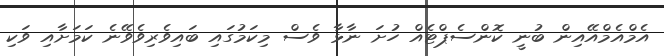
އެމްއެމްއޭއިން ބުނީ ކޮންސެޕްޓެއް ހުށަ ނާޅާ ވެސް މިކަމުގައި ބައިވެރިވެވޭނެ ކަމަށާއި ވަކި